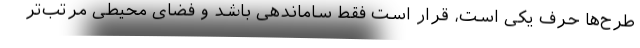
طرح‌ها حرف یکی است، قرار است فقط ساماندهی باشد و فضای محیطی مرتب‌تر